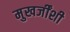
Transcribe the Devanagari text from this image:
मुखर्जींशी